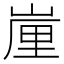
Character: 𡺉